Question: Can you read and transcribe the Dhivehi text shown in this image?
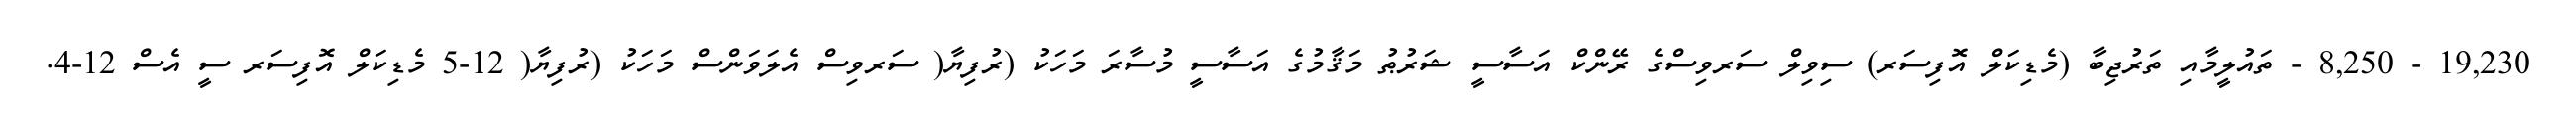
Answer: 19,230 - 8,250 - ތައުލީމާއި ތަރުޖިބާ (މެޑިކަލް އޮފިސަރ) ސިވިލް ސަރވިސްގެ ރޭންކް އަސާސީ ޝަރުޠު މަޤާމުގެ އަސާސީ މުސާރަ މަހަކު (ރުފިޔާ( ސަރވިސް އެލަވަންސް މަހަކު (ރުފިޔާ( 12-5 މެޑިކަލް އޮފިސަރ ސީ އެސް 12-4.